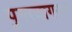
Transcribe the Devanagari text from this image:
पुनरजागरण